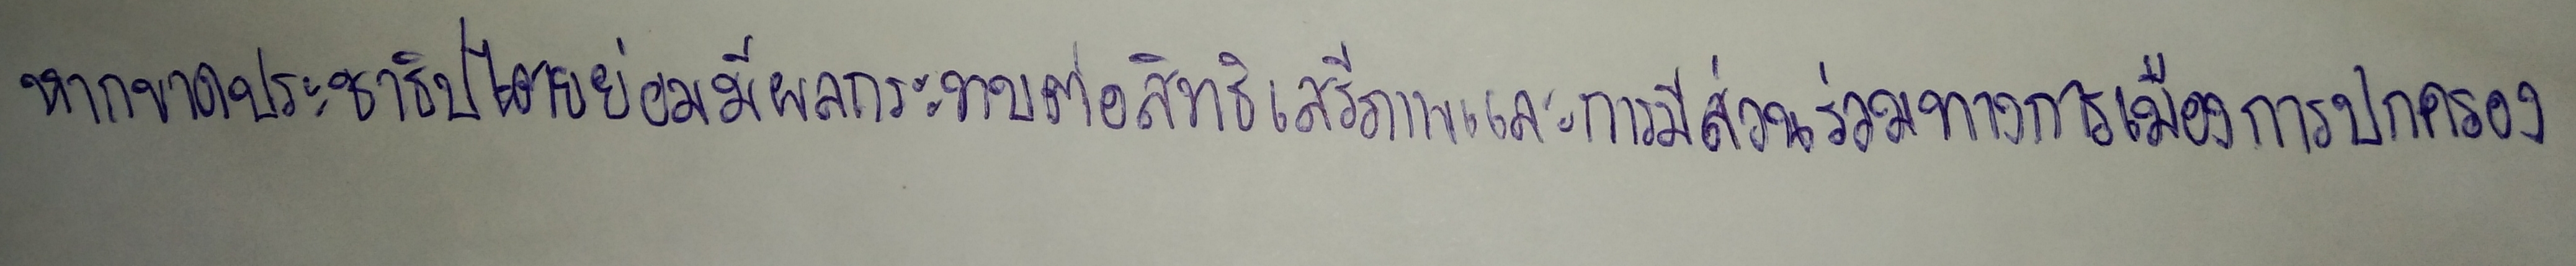
หากขาดประชาธิปไตยย่อมมีผลกระทบต่อสิทธิเสรีภาพและการมีส่วนร่วมทางการเมืองการปกครอง